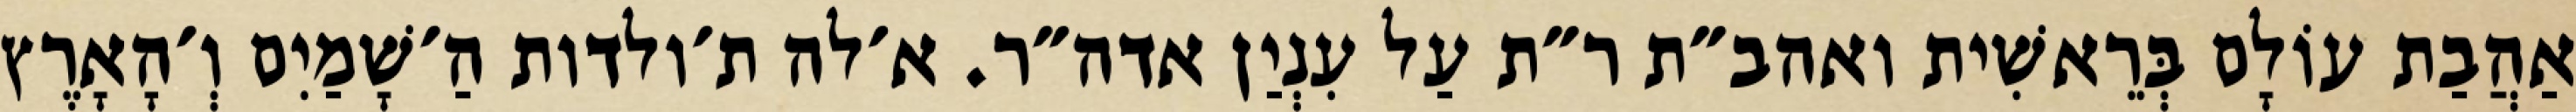
אַהֲבַת עוֹלָם בְּרֵאשִׁית ואהב״ת ר״ת עַל עִנְיַן אדה״ר. א׳לה ת׳ולדות הַ׳שָׁמַיִם וְ׳הָאָרֶץ